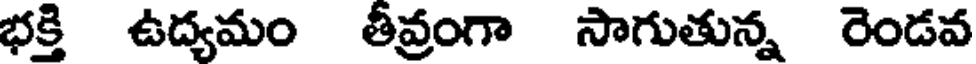
భక్తి ఉద్యమం తీవ్రంగా సాగుతున్న రెండవ